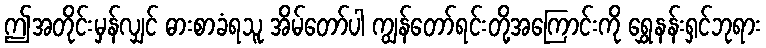
ဤအတိုင်းမှန်လျှင် ဓားစာခံရသူ အိမ်တော်ပါ ကျွန်တော်ရင်းတို့အကြောင်းကို ရွှေနန်းရှင်ဘုရား